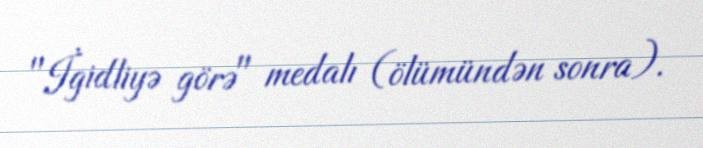
"İgidliyə görə" medalı (ölümündən sonra).